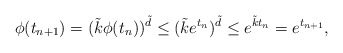
\begin{align*}\phi(t_{n+1}) = (\tilde{k}\phi(t_n))^{\tilde{d}} \leq (\tilde{k}e^{t_n})^{\tilde{d}} \leq e^{\tilde{k}t_n}=e^{t_{n+1}},\end{align*}